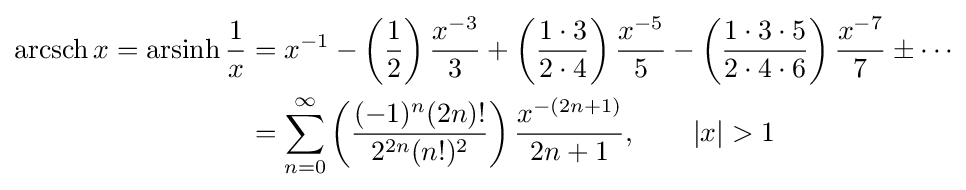
{\begin{aligned}\operatorname {arcsch} x=\operatorname {arsinh} {\frac {1}{x}}&=x^{-1}-\left({\frac {1}{2}}\right){\frac {x^{-3}}{3}}+\left({\frac {1\cdot 3}{2\cdot 4}}\right){\frac {x^{-5}}{5}}-\left({\frac {1\cdot 3\cdot 5}{2\cdot 4\cdot 6}}\right){\frac {x^{-7}}{7}}\pm \cdots \\&=\sum _{n=0}^{\infty }\left({\frac {(-1)^{n}(2n)!}{2^{2n}(n!)^{2}}}\right){\frac {x^{-(2n+1)}}{2n+1}},\qquad \left|x\right|>1\end{aligned}}